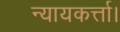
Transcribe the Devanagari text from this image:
न्यायकर्त्ता।